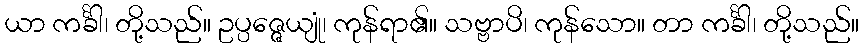
ယာ ကင်္ခါ၊ တို့သည်။ ဥပ္ပဇ္ဇေယျုံ၊ ကုန်ရာ၏။ သဗ္ဗာပိ၊ ကုန်သော။ တာ ကင်္ခါ၊ တို့သည်။